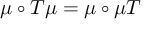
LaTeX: \mu \circ T \mu = \mu \circ \mu T